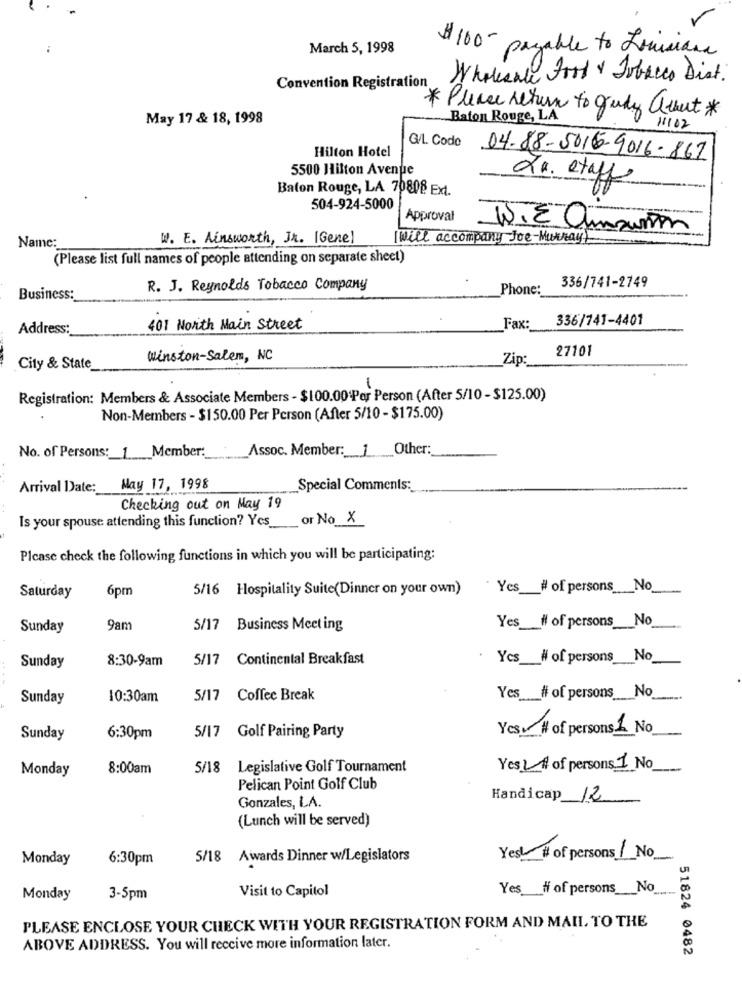
March 5, 1998
$ 100 - payable to Louisiana
Wholesale Ford & Tobacco Dist.
Convention Registration
May 17 & 18, 1998
Please return to Judy albert *
Baton Rouge, LA
11102
G/L. Code
Hilton Hotel
04.88-5016-9016-867
5500 Hilton Avenue
Baton Rouge, LA 70808 Ext.
dr. etapy
504-924-5000
Approval
W. E Omzum
Name:
W. E. Ainsworth, Jr. [Gene]
I will accompany Joe-Murray)
(Please list full names of people attending on separate sheet)
336/741-2749
R. J. Reynolds Tobacco Company
Phone:
Business:
Fax:
336/741-4401
Address:
401 North Main Street
27101
Winston-Salem, NC
Zip:
City & State
Registration: Members & Associate Members - $100.00 Per Person (After 5/10- $125.00)
Non-Members - $150.00 Per Person (After 5/10 - $175.00)
... Member:
Assoc. Member: 1 Other:
No. of Persons :_
Arrival Date:
May 17, 1998
Special Comments:
Checking out on May 19
Is your spouse attending this function? Yes_
or No_X
Please check the following functions in which you will be participating:
Saturday
6pm
5/16 Hospitality Suite(Dinner on your own)
Yes # of persons No
Yes __ # of persons __ No
Sunday
9am
5/17 Business Meeting
8:30-9am
5/17 Continental Breakfast
Yes # of persons No
Sunday
Yes __ # of persons_No
Sunday
10:30am
5/17
Coffee Break
Yes: # of persons 1 No
Sunday
6:30pm
5/17
Golf Pairing Party
Monday
8:00am
5/18
Legislative Golf Tournament
Yes LA of persons 1 No
Pelican Point Golf Club
Gonzales, LA.
Handicap 12
(Lunch will be served)
Monday
6:30pm
5/18 Awards Dinner w/Legislators
Yes # of persons No
Visit to Capitol
Yes __ # of persons __ No
Monday
3-5pm
PLEASE ENCLOSE YOUR CHECK WITH YOUR REGISTRATION FORM AND MAIL, TO THE
ABOVE ADDRESS. You will receive more information later.
51824 0482